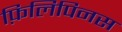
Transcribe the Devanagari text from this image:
फ़िलिपिनस